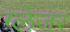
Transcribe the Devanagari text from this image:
ग्लेजर